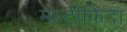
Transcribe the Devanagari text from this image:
मल्टीफिदा